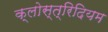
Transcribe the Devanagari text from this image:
क्लोस्त्रिदियम